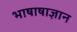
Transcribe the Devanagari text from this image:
भाषाषाज्ञान